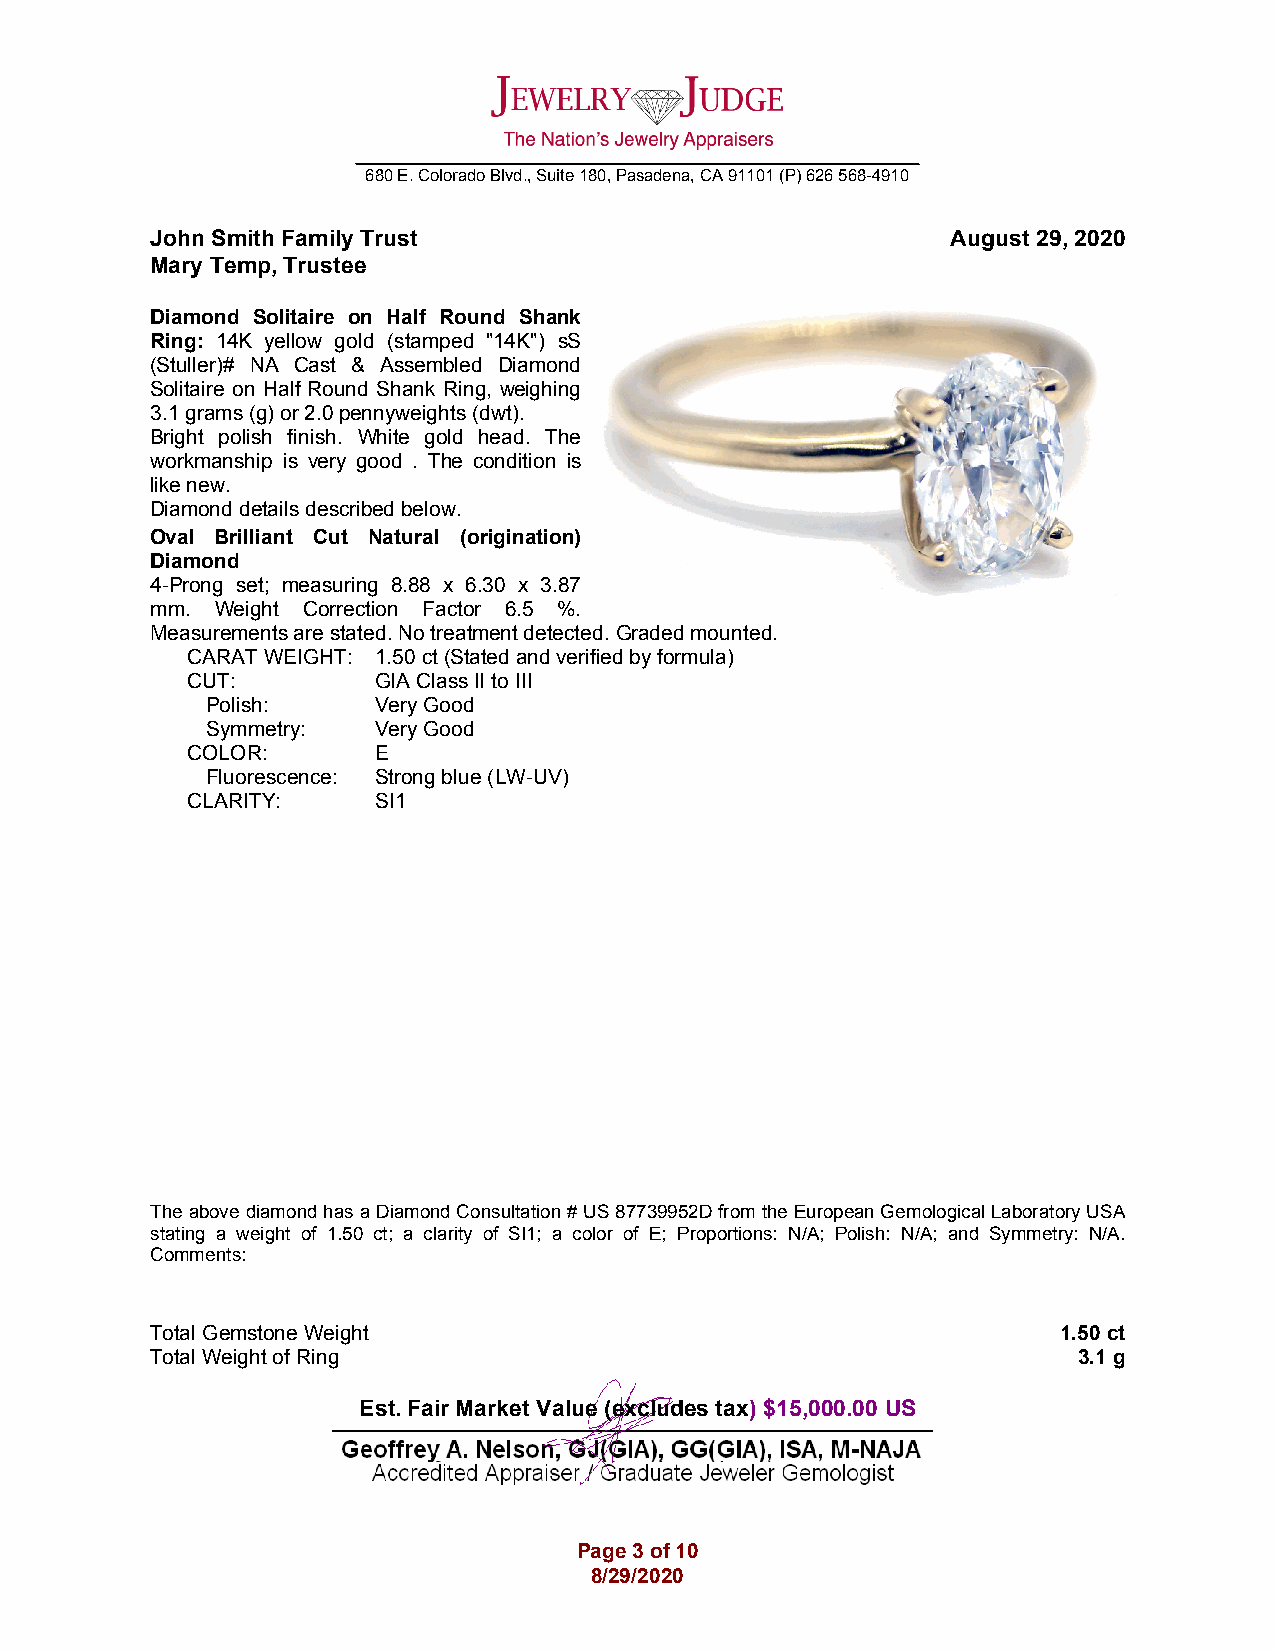
_________________________________________________________________________________
 680 E. Colorado Blvd., Suite 180, Pasadena, CA 91101 (P) 626 568-4910
 John Smith Family Trust                              August 29, 2020
 Mary Temp, Trustee
 Diamond Solitaire on Half Round Shank
 Ring: 14K yellow gold (stamped "14K") sS
 (Stuller)# NA Cast & Assembled Diamond
 Solitaire on Half Round Shank Ring, weighing
 3.1 grams (g) or 2.0 pennyweights (dwt).
 Bright polish finish. White gold head. The
 workmanship is very good . The condition is
 like new.
 Diamond details described below.
 Oval Brilliant Cut Natural (origination)
 Diamond
 4-Prong set; measuring 8.88 x 6.30 x 3.87
 mm. Weight Correction Factor 6.5 %.
 Measurements are stated. No treatment detected. Graded mounted.
 CARAT WEIGHT: 1.50 ct (Stated and verified by formula)
 CUT:         GIA Class II to III
 Polish:    Very Good
 Symmetry:  Very Good
 COLOR:       E
 Fluorescence: Strong blue (LW-UV)
 CLARITY:     SI1
 The above diamond has a Diamond Consultation # US 87739952D from the European Gemological Laboratory USA
 stating a weight of 1.50 ct; a clarity of SI1; a color of E; Proportions: N/A; Polish: N/A; and Symmetry: N/A.
 Comments:
 Total Gemstone Weight                                       1.50 ct
 Total Weight of Ring                                         3.1 g
 Est. Fair Market Value (excludes tax) $15,000.00 US
 Page 3 of 10
 8/29/2020